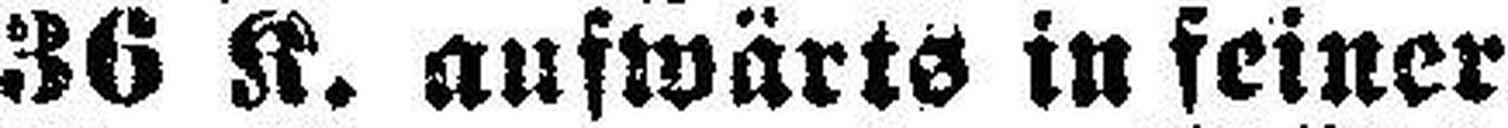
36 K. aufwärts in feiner